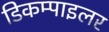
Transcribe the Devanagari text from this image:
डिकम्पाइलर